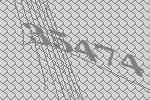
35474